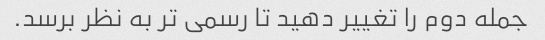
جمله دوم را تغییر دهید تا رسمی تر به نظر برسد.